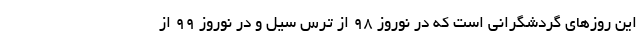
این روزهای گردشگرانی است که در نوروز 98 از ترس سیل و در نوروز 99 از